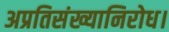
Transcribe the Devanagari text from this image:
अप्रतिसंख्यानिरोध।